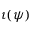
\iota ( \psi )